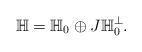
LaTeX: \begin{align*}\mathbb{H} = \mathbb{H}_0 \oplus J \mathbb{H}_0^{\perp}.\end{align*}